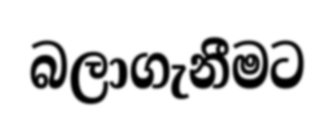
බලාගැනීමට